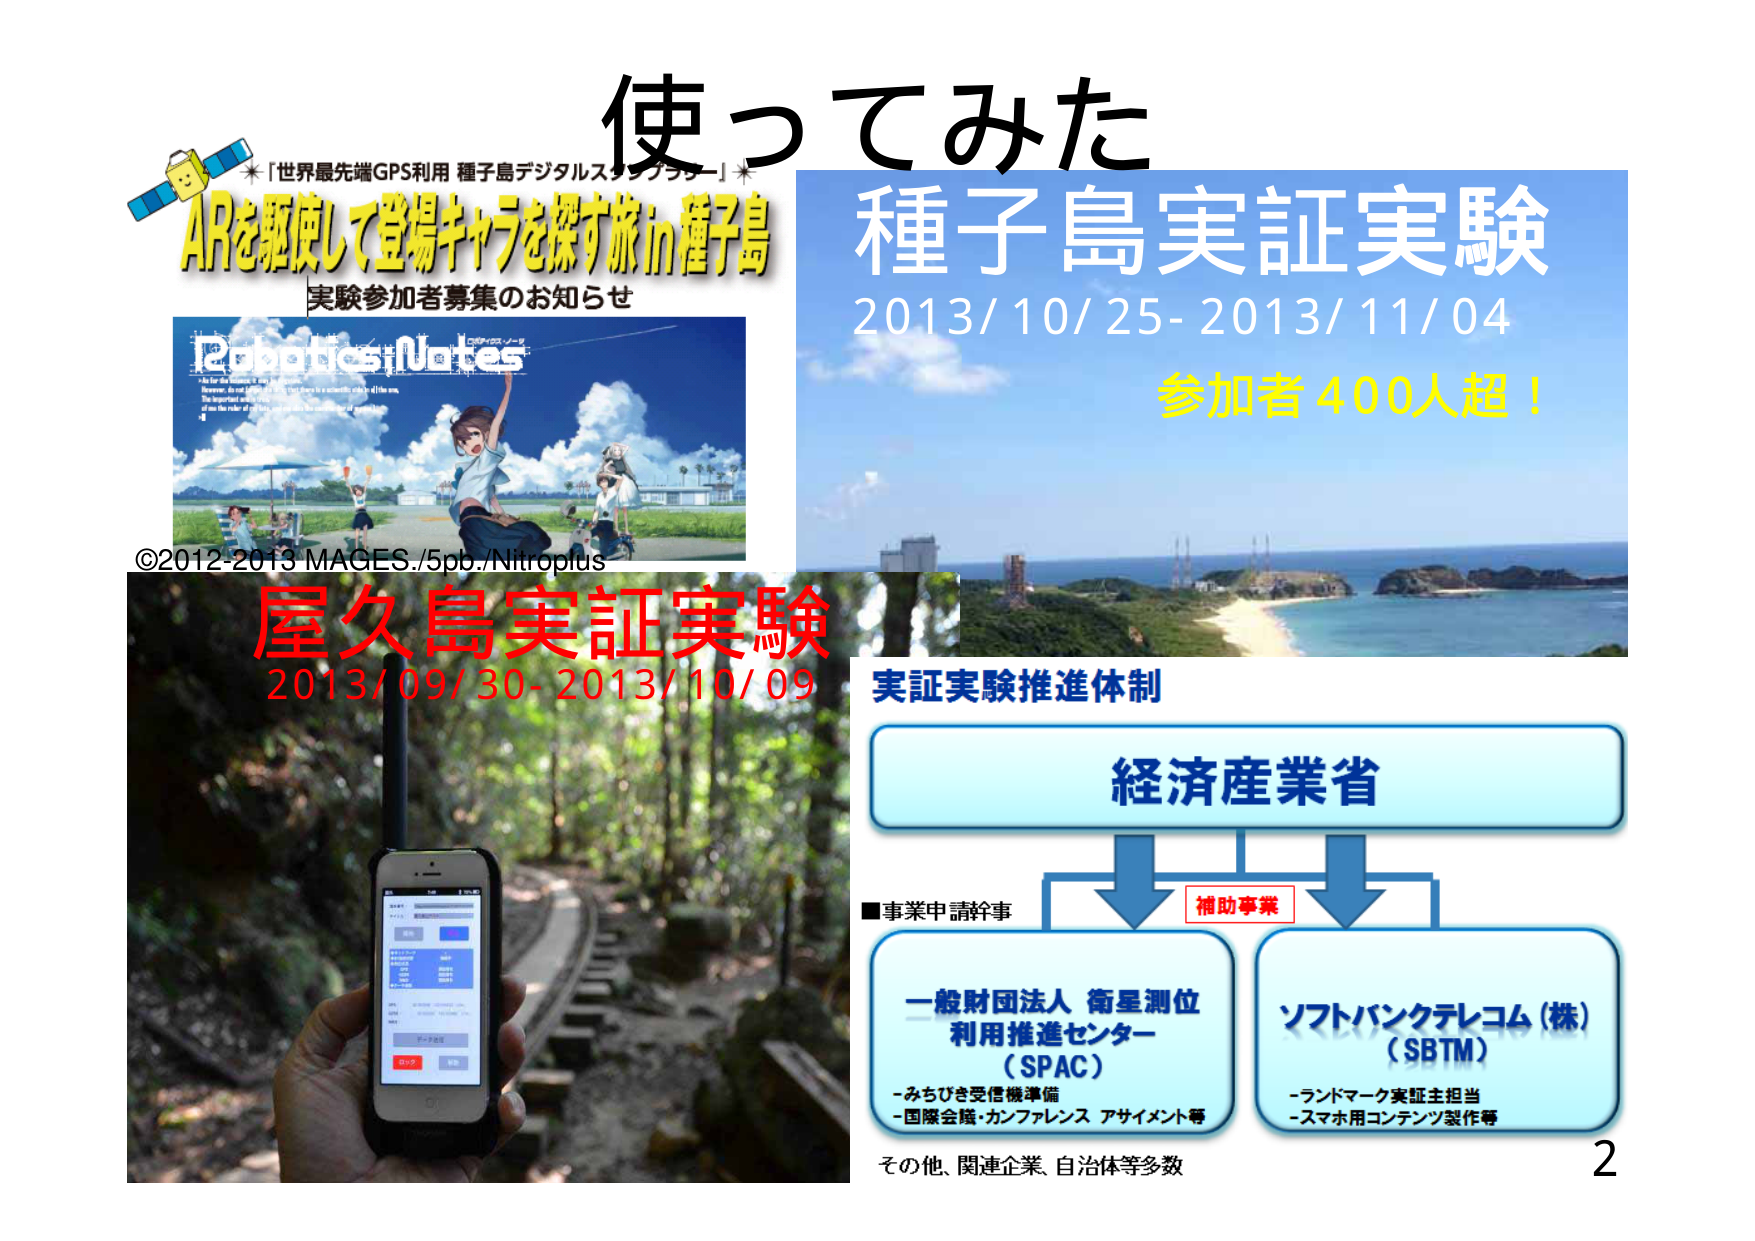
使ってみた
※「世界最先端GPS利用 種子島デジタルスタンプラリー」※
ARを駆使して登場キャラを探す旅 in 種子島
実験参加者募集のお知らせ
Robotics;Notes
©2012-2013 MAGES./5pb./Nitroplus
種子島実証実験
2013/10/25-2013/11/04
参加者400人超！
屋久島実証実験
2013/09/30-2013/10/09
実証実験推進体制
経済産業省
■事業申請幹事
補助事業
一般財団法人 衛星測位
利用推進センター
（SPAC）
-みちびき受信機準備
-国際会議・カンファレンス アサイメント等
ソフトバンクテレコム（株）
（SBTM）
-ランドマーク実証主担当
-スマホ用コンテンツ製作等
その他、関連企業、自治体等多数
2